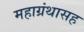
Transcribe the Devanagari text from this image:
महाग्रंथासह